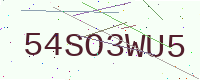
Text: 54SO3WU5